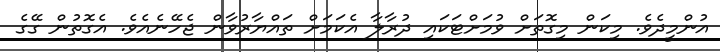
އުންމީދެވެ. މިކަން މިގޮތަށް ވުމަށްޓަކައި ދުރާލާ އެކަމަށް ތައްޔާރުވާން ޖެހޭނެއެވެ. އެގޮތުން ގޭގެ